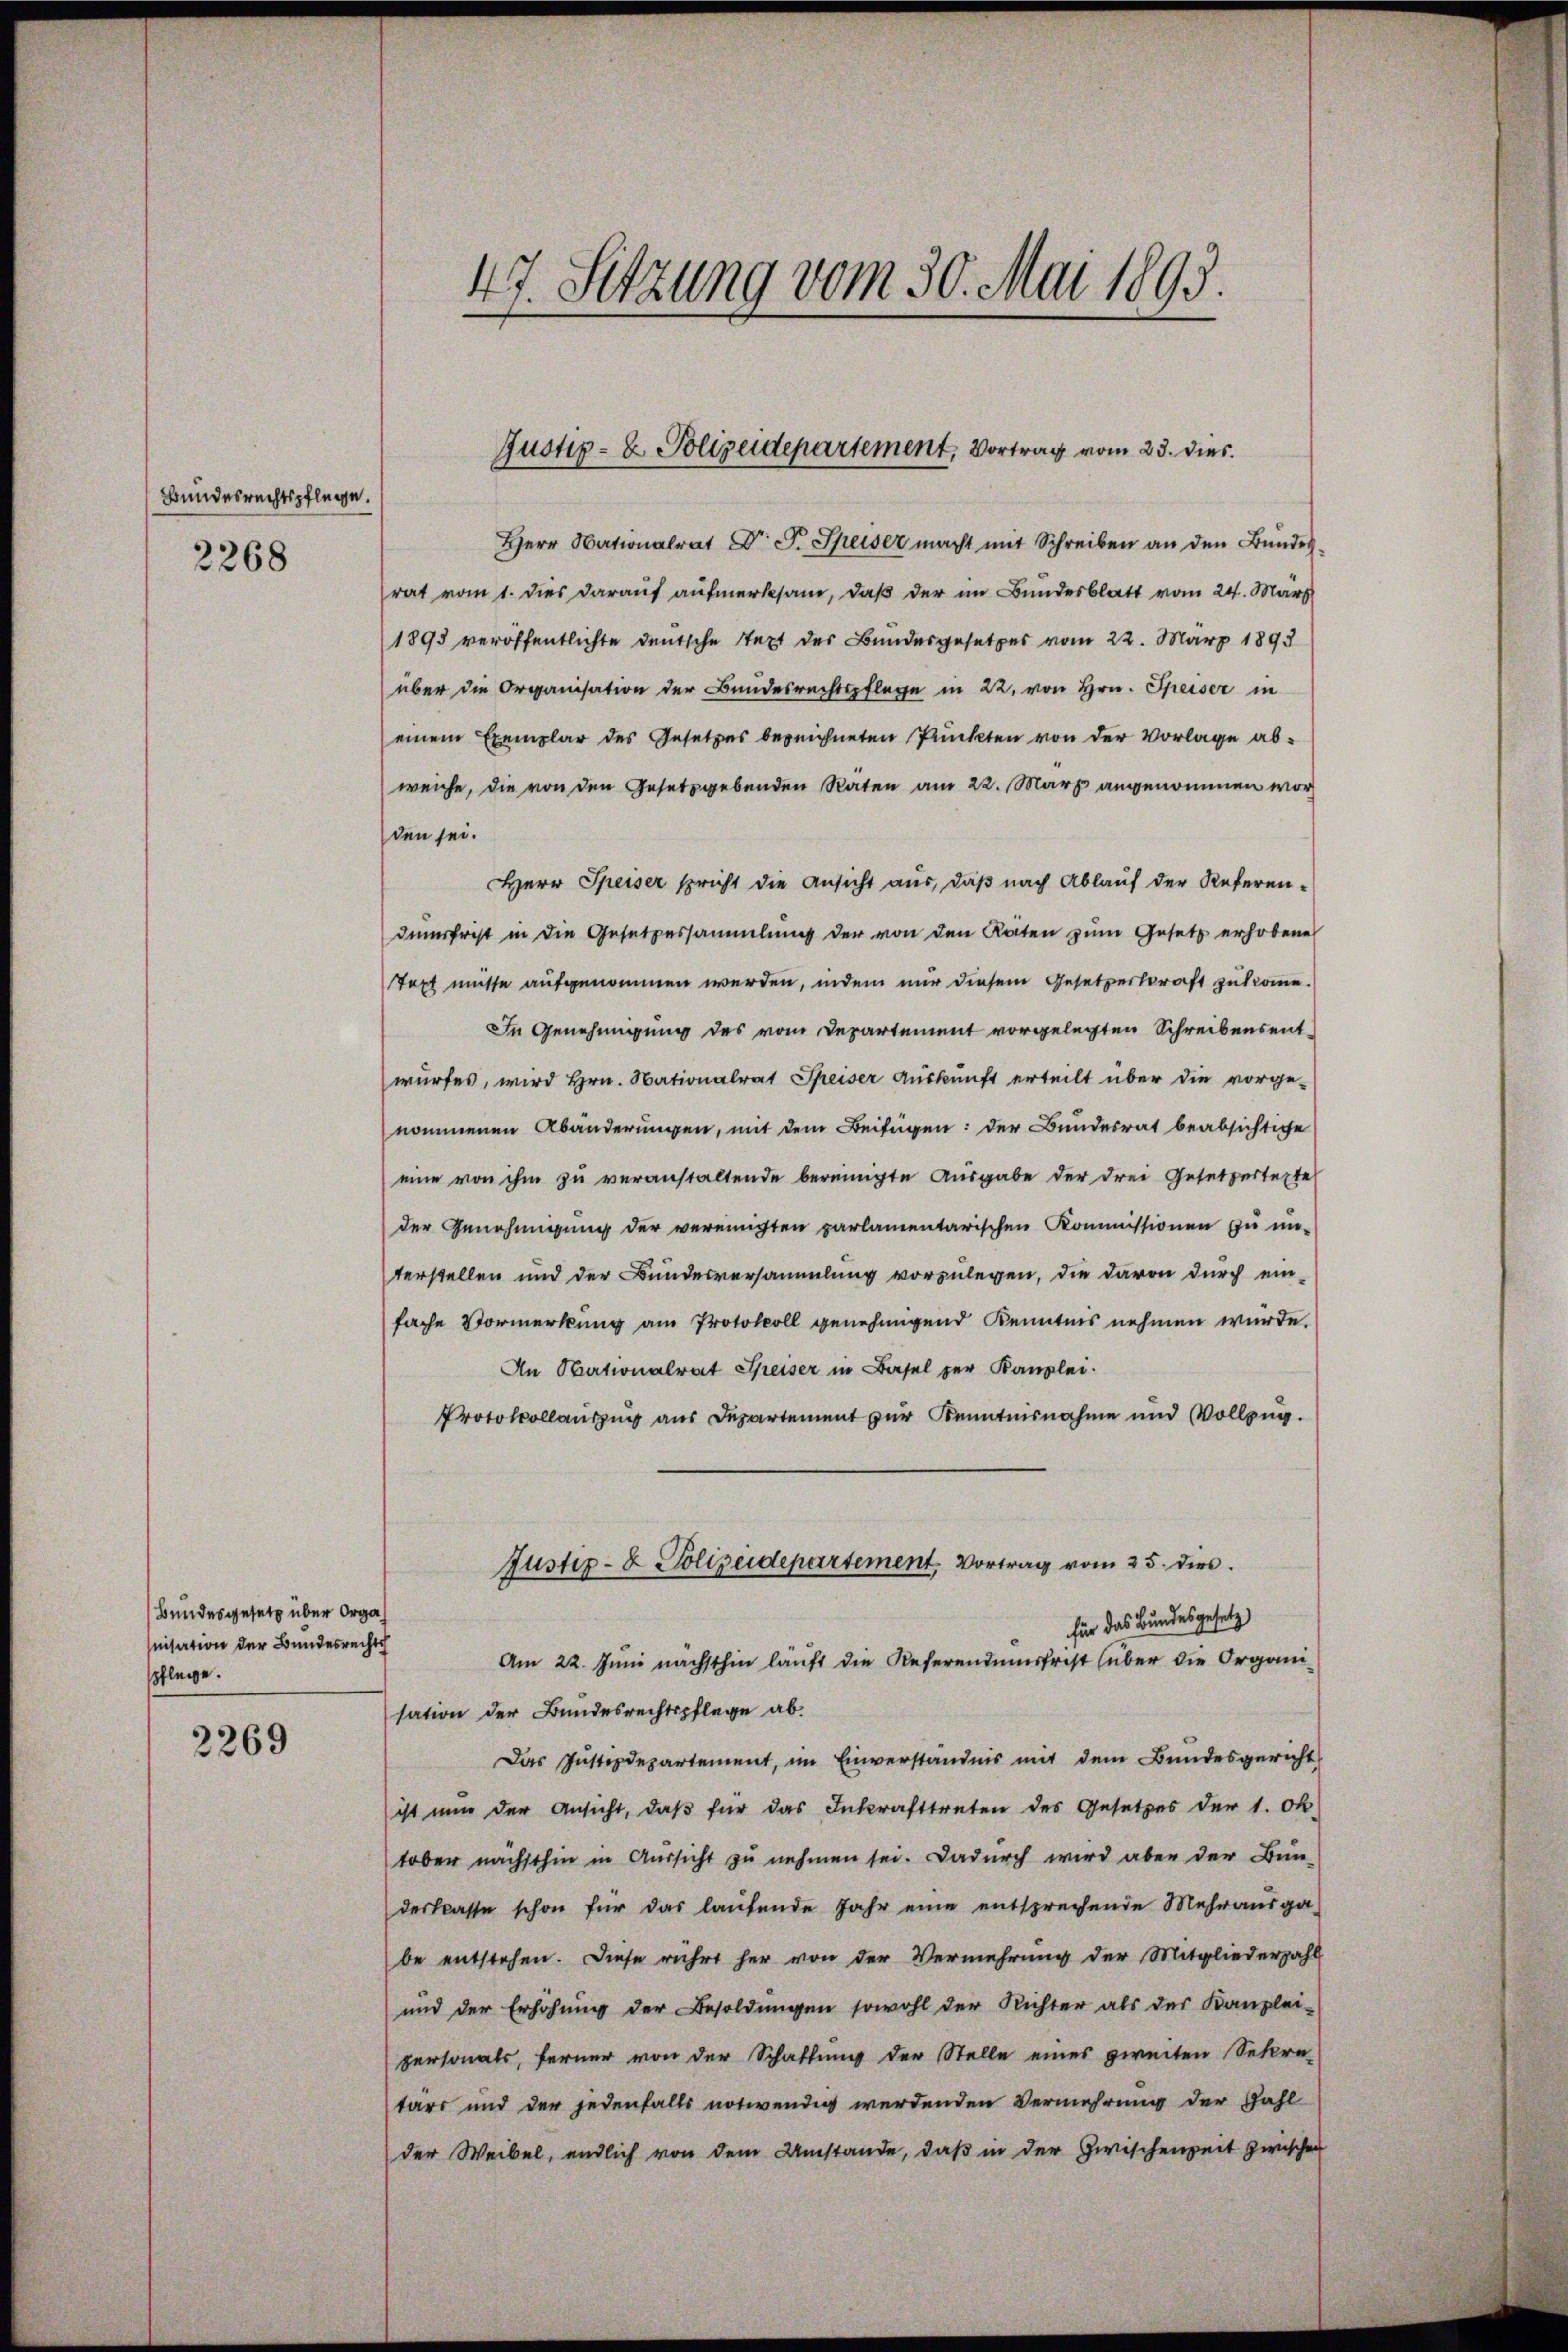
Bundesrechtspflege.
2268

Bundesgesetz über Organisation der Bundesrechtsh
spflege.
2269

Herr Nationalrat Dr. Fr. Speiser macht mit Schreiben an den Bundes
rat vom 1. dies darauf aufmerksam, daß der im Bundesblatt vom 24. März
1893 veröffentlichte deutsche Stext des Bundesgesetzes vom 22. März 1893
über die Organisation der Bundesrechtspflege in 22. von Hrn. Speiser in
einem Exemplar des Gesetzes bezeichneten Punkten von der Vorlage abweiche, die von den Gesetzgebenden Räten am 22. März angenommen worden sei.
Herr Speiser spricht die Ansicht aus, daβ nach Ablauf der Referen-
dumsfrist in die Gesetzessammlung der von den Raten zum Gesetz erhobene
Text müsse aufgenommen werden, indem nur diesem Gesetzeskraft zukomme.
In Genehmigung des vom Departement vorgelegten Schreibensent-
wurfes, wird Hrn. Nationalrat Speiser Auskunft erteilt über die vorge-
nommenen Abänderungen, mit dem Beifügen: der Bundesrat beabsichtige
eine von ihm zu veranstaltende bereinigte Ausgabe der drei Gesetzertexte
der Genehmigung der vereinigten parlamentarischen Kommissionen zu un-
terstellen und der Bundesversammlung vorzulegen, die davon durch einfache Vormerkung am Protokoll genehmigend Kenntnis nehmen wurde.
An Stationalrat Speiser in Basel zur Kanzlei.
Protokollauszug aus Departement zur Kenntnisnahme und Vollzug.
Justiz- & Polizeidepartement. Vortrag vom 25. dies
für das Bundesgesetz
Am 22. Juni nächsthin läuft die Referendumsfrist (über die Organi-
sation der Bundesrechtspflege ab.
Das Justizdepartement, im Einverständnis mit dem Bundesgericht
ist nun der Ansicht, daß für das Inkrafttreten des Gesetzes der 1. Ok
tober nächsthin in Aussicht zu nehmen sei. Dadurch wird aber der Bun-
derklasse schon für das laufende Jahr eine entsprechende Mehrausga
be entstehen. Diese rührt her von der Vermehrung der Mitgliederzahl
und der Erhöhung der Besoldungen sowohl der Richter als der Kanzlei-
personals, ferner von der Schaftung der Stelle eines zweiten Sekre-
tars und der jedenfalls notwendig werdenden Vermehrung der Zahl
der Weibel, endlich von dem Umstande, daß in der Zwischenzeit zwischen

47. Sitzung vom 30. Mai 1893.

Justiz- & Polizeidepartement, Vortrag vom 23. dies